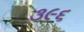
૩૯૬